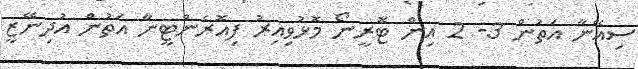
ސިއޭނާ އަތުން 3- 2 އިން ޓޮރީނޯ މޮޅުވިއިރު ފިއޮރެންޓީނާ އަތުން އުދިނޭޒީ